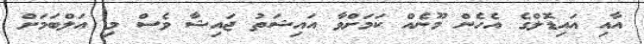
އާއި އައިޑޮލްގެ އެހެން މޫނެއް ކަމަށްވާ އައިޝަތު ޖައިޝާ ވެސް މި އަލްބަމަށް